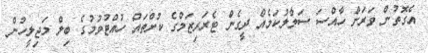
އެގޮތުން ވަރަށް ހާއްސަ ސަމާލުކަމެއް ދީގެން ޓެރަރިޒަމްގެ ކުށްތައް ހުއްޓުވުމުގެ ބިލް މަޖިލީހުން